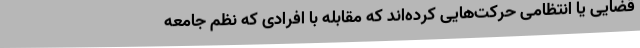
قضایی یا انتظامی حرکت‌هایی کرده‌اند که مقابله با افرادی که نظم جامعه